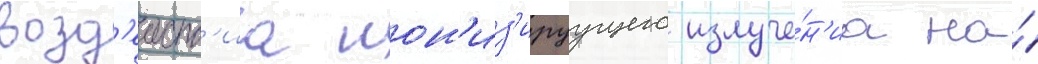
возд'еиств'иа ион'из'ируущего излуче́н'иа на́